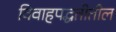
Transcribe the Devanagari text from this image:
विवाहपद्धतीतील